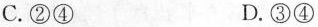
C.②④ D.③④